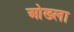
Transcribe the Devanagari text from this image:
ओख्ला